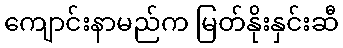
ကျောင်းနာမည်က မြတ်နိုးနှင်းဆီ